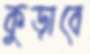
কুড়াবে